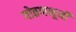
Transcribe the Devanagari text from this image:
गोठणभूमी